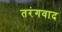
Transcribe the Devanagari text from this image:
तरंगवाद